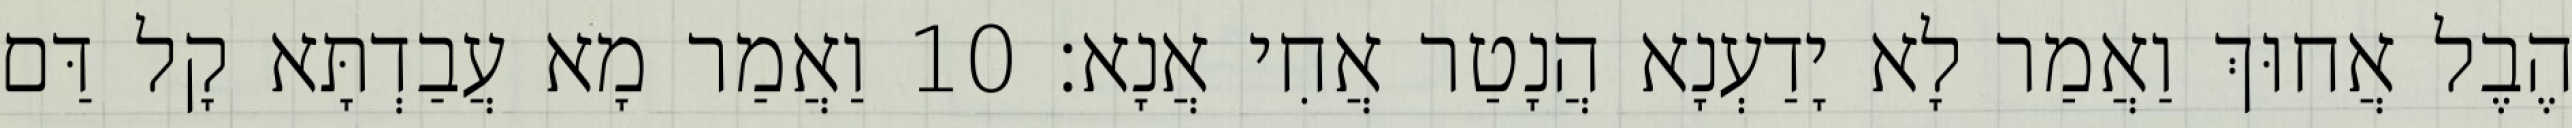
הֶבֶל אֲחוּךְ וַאֲמַר לָא יָדַעְנָא הֲנָטַר אֲחִי אֲנָא׃ 10 וַאֲמַר מָא עֲבַדְתָּא קָל דַּם